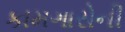
કામગારોની